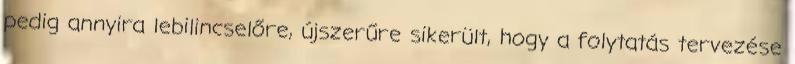
pedig annyira lebilincselőre, újszerűre sikerült, hogy a folytatás tervezése